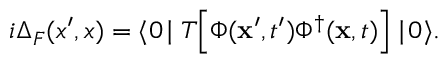
i \Delta _ { F } ( x ^ { \prime } , x ) = \langle 0 \! \mid T \Big [ \Phi ( { \bf x } ^ { \prime } , t ^ { \prime } ) \Phi ^ { \dagger } ( { \bf x } , t ) \Big ] \mid \! 0 \rangle .